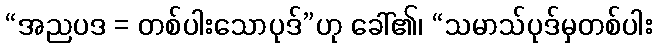
“အညပဒ = တစ်ပါးသောပုဒ်”ဟု ခေါ်၏၊ “သမာသ်ပုဒ်မှတစ်ပါး